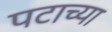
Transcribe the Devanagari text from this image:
पटाच्या